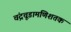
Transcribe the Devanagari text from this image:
चंद्रचूडामणिशतक